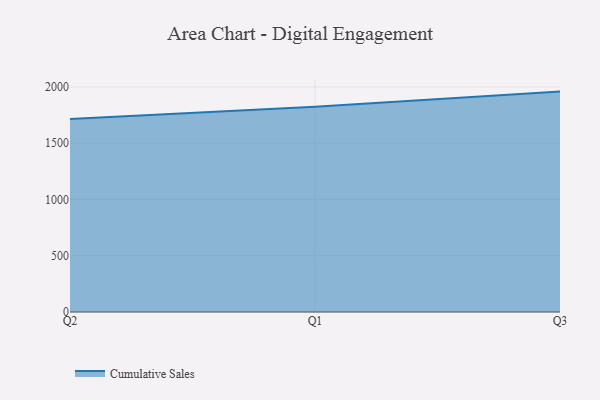
{"axis": {"x": "Quarter", "y": "Backlog"}, "legend": ["Cumulative Sales"], "data": [{"x": "Q2", "y": 1715.6, "type": "Cumulative Sales"}, {"x": "Q1", "y": 1823.4, "type": "Cumulative Sales"}, {"x": "Q3", "y": 1958.3, "type": "Cumulative Sales"}]}